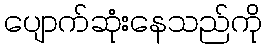
ပျောက်ဆုံးနေသည်ကို